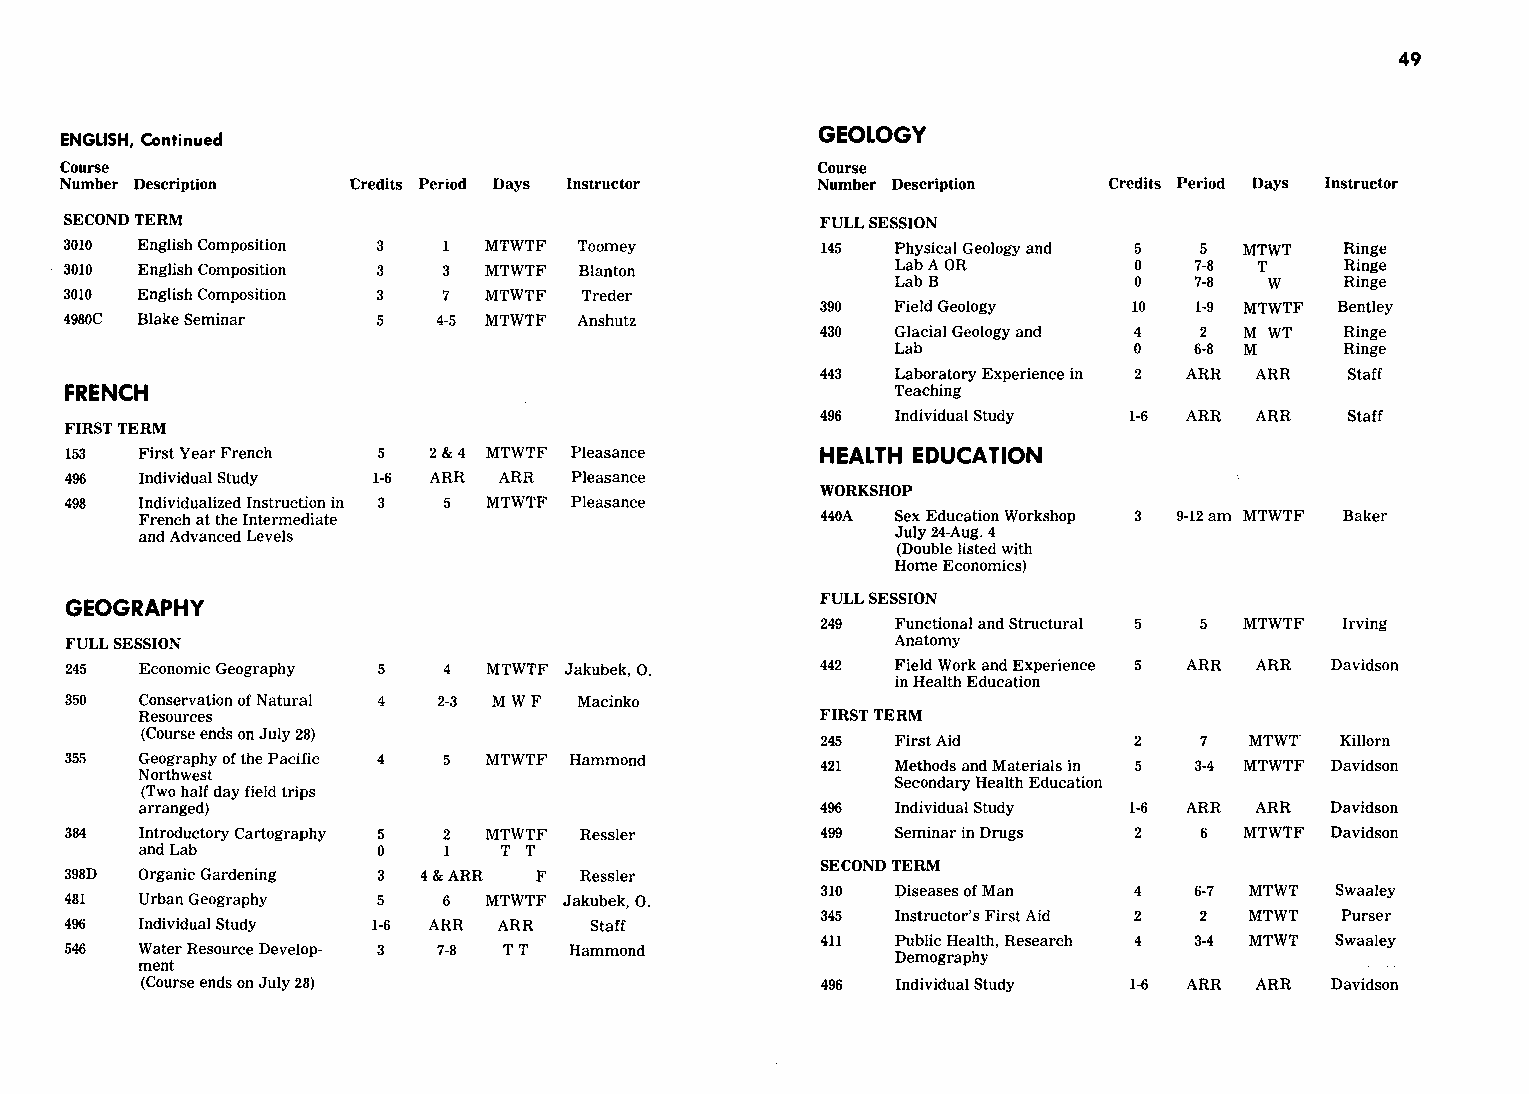
49
 GEOLOGY
 ENGLISH, Continued
 Course                                            Course
 Number Description  Credits Period Days Instructor Number Description Credits Period Days Instructor
 SECOND TERM                                       FULL SESSION
 3010 English Composition 3 l MTWTF Toomey         145  Physical Geology and 5 5 MTWT Ringe
 3010 English Composition 3 3 MTWTF Blanton             Lab A OR       0   7-8  T    Ringe
 Lab B          0   7-8  w    Ringe
 3010 English Composition 3 7 MTWTF Treder
 390  Field Geology  10  1-9 MTWTF Bentley
 4980C Blake Seminar 5   4-5 MTWTF Anshutz
 430  Glacial Geology and 4 2 M WT Ringe
 Lab            0   6-8 M     Ringe
 443  Laboratory Experience in 2 ARR ARR Staff
 FRENCH                                                 Teaching
 496  Individual Study 1-6 ARR ARR Staff
 FIRST TERM
 153  First Year French 5 2&4 MTWTF Pleasance      HEALTH EDUCATION
 496  Individual Study 1-6 ARR ARR Pleasance
 WORKSHOP
 498  Individualized Instruction in 3 5 MTWTF Pleasance
 French at the Intermediate                   440A Sex Education Workshop 3 9-12 am MTWTF Baker
 and Advanced Levels                               July 24-Aug. 4
 (Double listed with
 Home Economics)
 FULL SESSION
 GEOGRAPHY
 249  Functional and Structural 5 5 MTWTF Irving
 FULL SESSION                                           Anatomy
 245  Economic Geography 5 4 MTWTF Jakubek,O.      442  Field Work and Experience 5 ARR ARR Davidson
 in Health Education
 350  Conservation of Natural 4 2-3 MWF Macinko
 Resources                                    FIRST TERM
 (Course ends on July 28)
 245  First Aid      2    7  MTWT  Killorn
 355  Geography of the Pacific 4 5 MTWTF Hammond   421  Methods and Materials in 5 3-4 MTWTF Davidson
 Northwest
 Secondary Health Education
 (Two half day field trips
 arranged)                                    496  Individual Study 1-6 ARR ARR Davidson
 384  Introductory Cartography 5 2 MTWTF Ressler   499  Seminar in Drugs 2  6  MTWTF Davidson
 and Lab        0    l  T T
 SECOND TERM
 398D Organic Gardening 3 4&ARR F  Ressler
 310  Diseases of Man 4  6-7 MTWT  Swaaley
 481  Urban Geography 5   6  MTWTF Jakubek,O.
 496  Individual Study 1-6 ARR ARR Staff           345  Instructor's First Aid 2 2 MTWT Purser
 411  Public Health, Research 4 3-4 MTWT Swaaley
 546  Water Resource Develop- 3 7-8 TT Hammond
 Demography
 ment
 (Course ends on July 28)                     496  Individual Study 1-6 ARR ARR Davidson